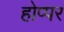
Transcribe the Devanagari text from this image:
होप्पर